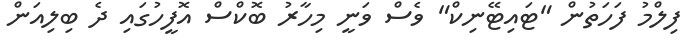
ފިލްމު ފަހަތުން "ޓައިޓޭނިކް" ވެސް ވަނީ މިހާރު ބޮކްސް އޮފީހުގައި ދެ ބިލިއަން